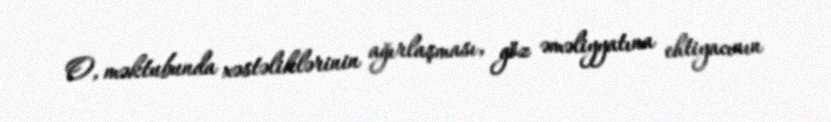
O, məktubunda xəstəliklərinin ağırlaşması, göz əməliyyatına ehtiyacının